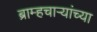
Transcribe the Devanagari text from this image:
ब्राम्हचाऱ्यांच्या